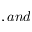
, a n d